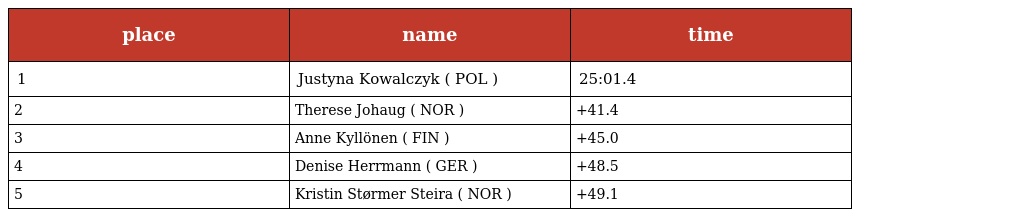
| place | name | time |
 | --- | --- | --- |
 | 1 | Justyna Kowalczyk ( POL ) | 25:01.4 |
 | 2 | Therese Johaug ( NOR ) | +41.4 |
 | 3 | Anne Kyllönen ( FIN ) | +45.0 |
 | 4 | Denise Herrmann ( GER ) | +48.5 |
 | 5 | Kristin Størmer Steira ( NOR ) | +49.1 |